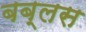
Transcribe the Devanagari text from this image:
बब्लस